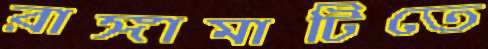
রাঙ্গামাটিতে